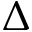
\Delta